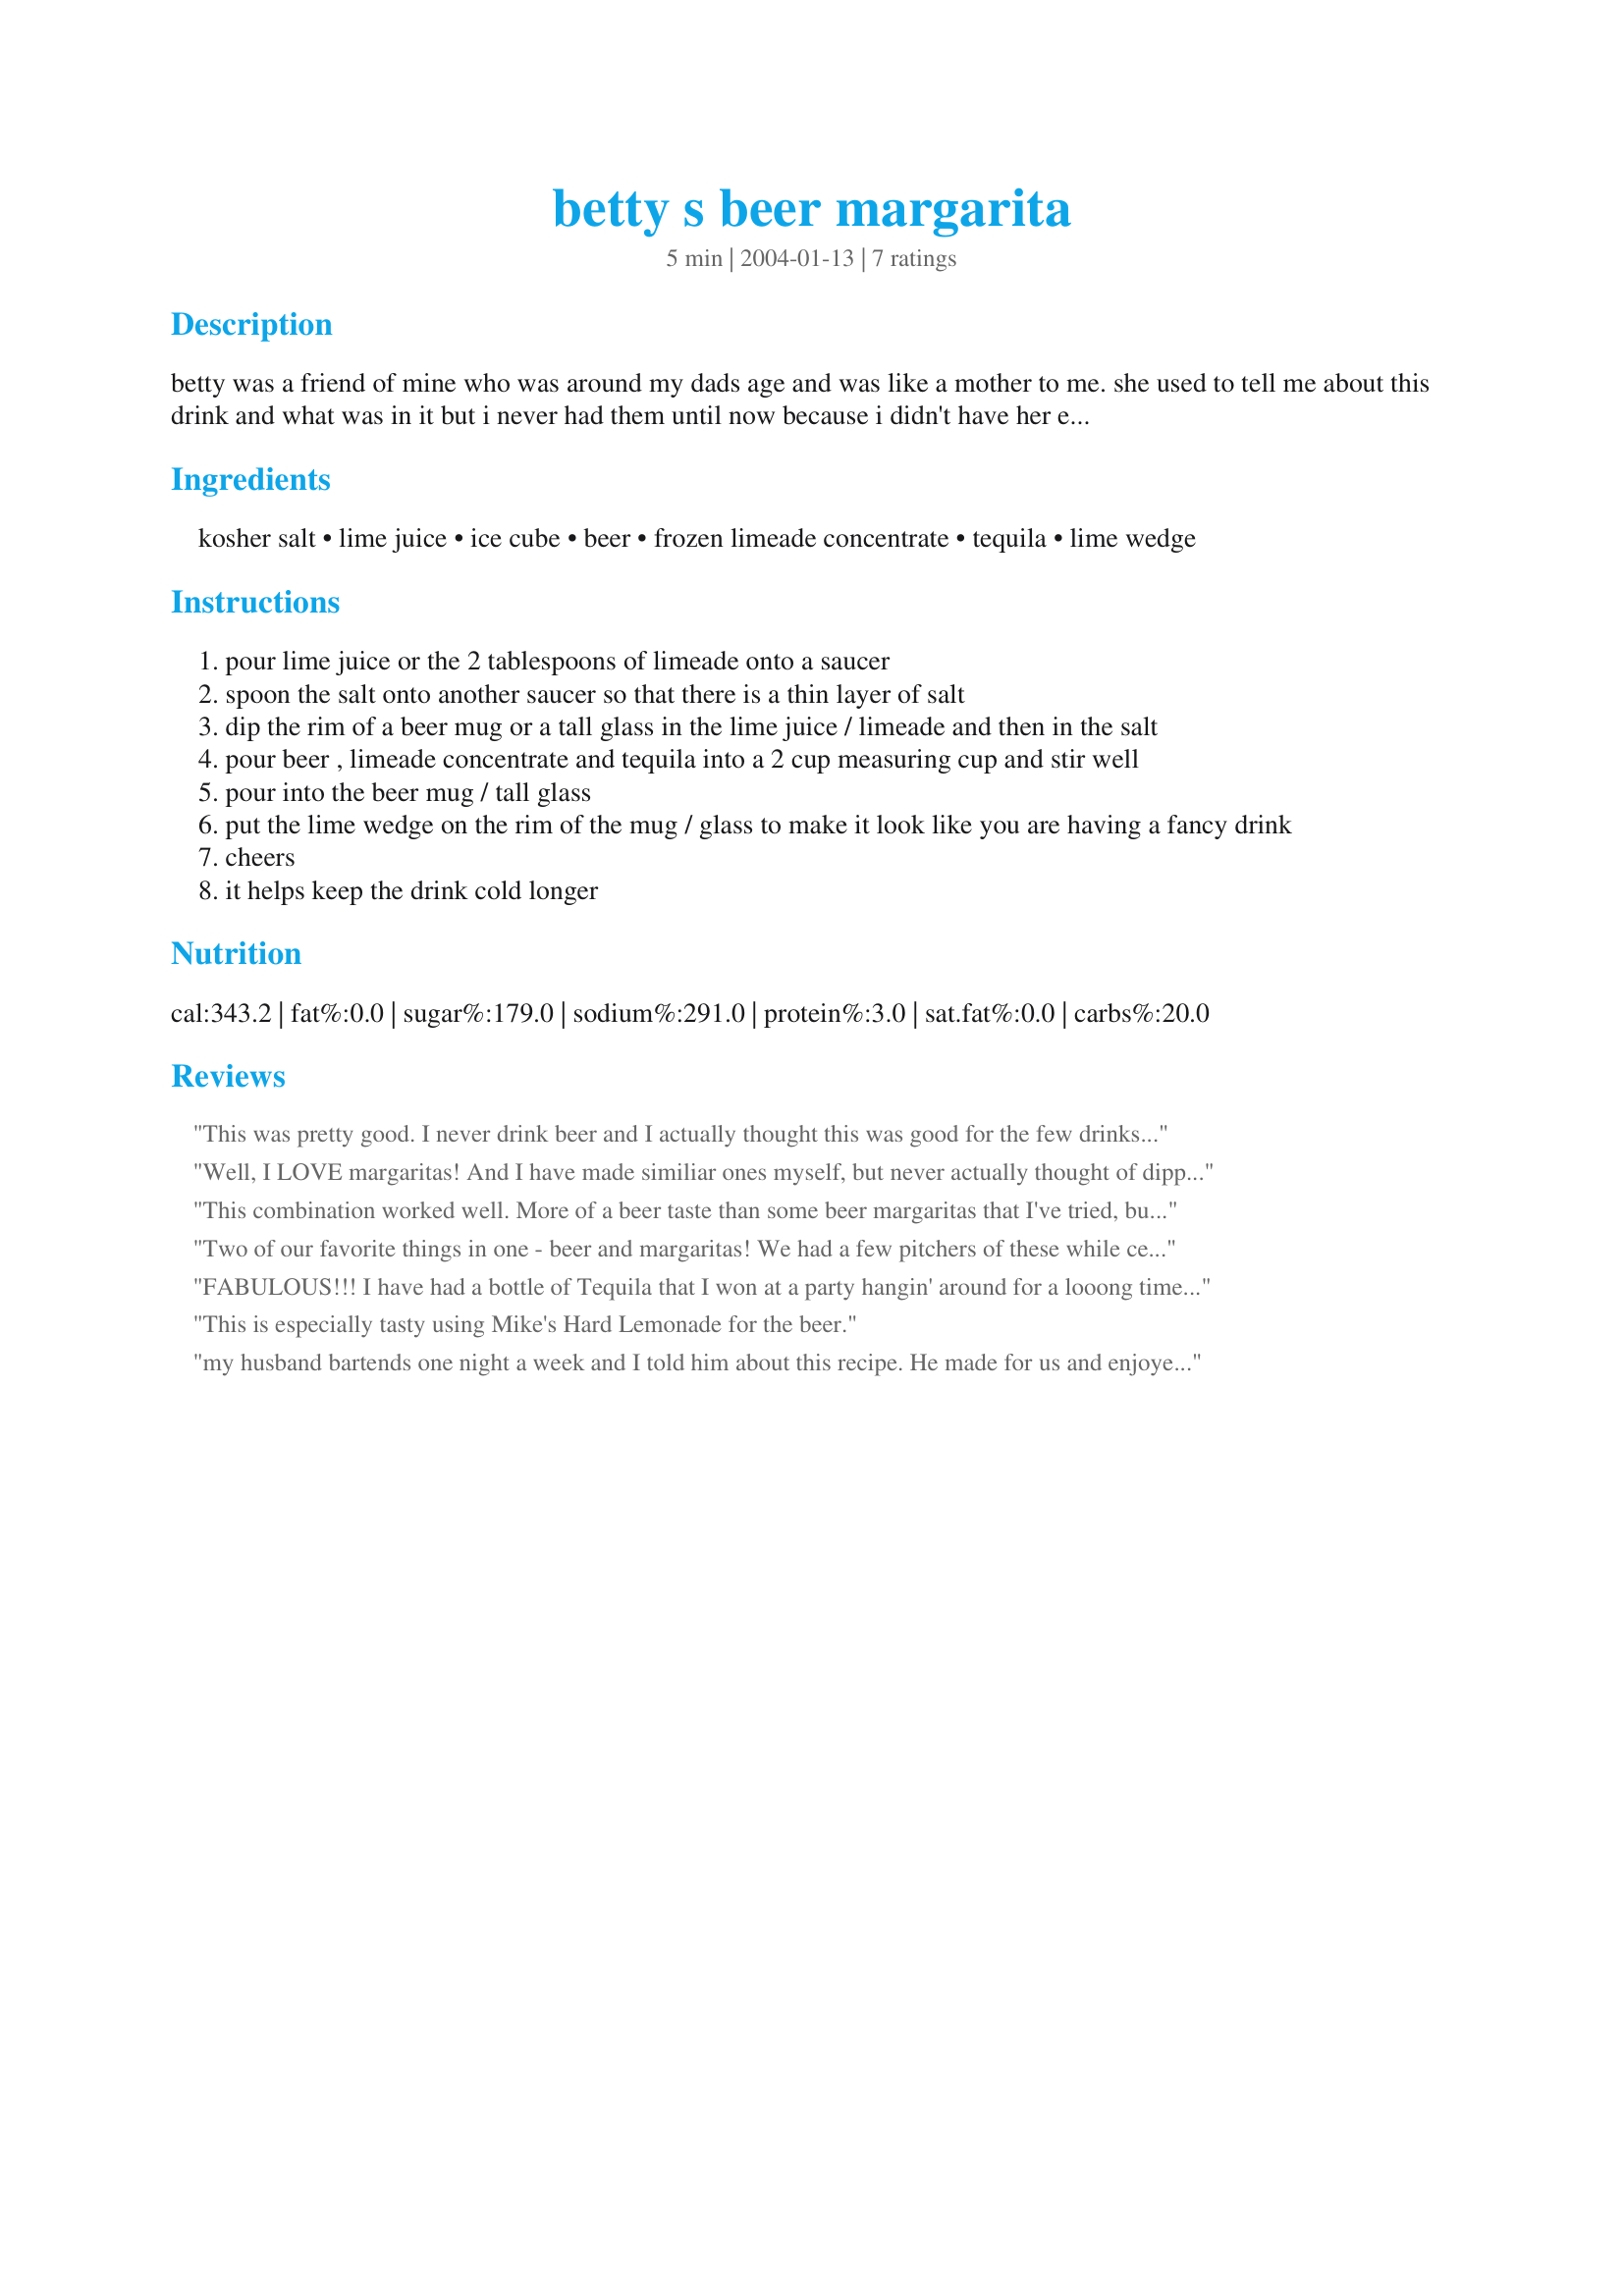
betty s beer margarita
Preparation time: 5 minutes

betty was a friend of mine who was around my dads age and was like a mother to me. she used to tell me about this drink and what was in it but i never had them until now because i didn't have her exact recipe. betty died of lung cancer last february, before i could get her recipe. i found the recipe on

Ingredients:
kosher salt, lime juice, ice cube, beer, frozen limeade concentrate, tequila, lime wedge

Steps:
pour lime juice or the 2 tablespoons of limeade onto a saucer
spoon the salt onto another saucer so that there is a thin layer of salt
dip the rim of a beer mug or a tall glass in the lime juice / limeade and then in the salt
pour beer , limeade concentrate and tequila into a 2 cup measuring cup and stir well
pour into the beer mug / tall glass
put the lime wedge on the rim of the mug / glass to make it look like you are having a fancy drink
cheers
it helps keep the drink cold longer

Reviews:
This was pretty good. I never drink beer and I actually thought this was good for the few drinks off it I had before handing it to DH. I am a big fan of margarita and this was a neat twist on one. Simple to make and ingredients a lot of people might have on hand make this a good quick drink to jazz up a dinner party or whatever. I think I would add a bit more limeade next time since the beer was most prominent. We used kokanee.
Well, I LOVE margaritas! And I have made similiar ones myself, but never actually thought of dipping the salt into the limeade, it was just simply fabulous! Thank you for sharing your recipe!
This combination worked well. More of a beer taste than some beer margaritas that I've tried, but none the less, a good drink. I added additional fresh lime juice just for personal preference. Thanks for sharing.
Two of our favorite things in one - beer and margaritas! We had a few pitchers of these while celebrating my dh's birthday last weekend. My brother-in-law said he had to add about double the limeade to get more of a lime taste going. Never-the-less, it was a great treat! Pam
FABULOUS!!! I have had a bottle of Tequila that I won at a party hangin' around for a looong time b/c I don't care for the taste. However, I do like beer, so I thought I'd give this a shot and boy am I glad that I did!!! This combo really works! Great mellowed-down version of Margaritas...refreshing drink for those hot summer nights. Thanks for a new fave!
~Manda
This is especially tasty using Mike's Hard Lemonade for the beer.
my husband bartends one night a week and I told him about this recipe. He made for us and enjoyed it very much.
